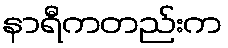
နာရီကတည်းက